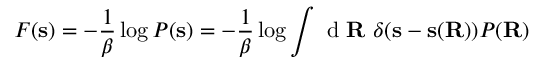
F ( \mathbf { s } ) = - \frac { 1 } { \beta } \log P ( \mathbf { s } ) = - \frac { 1 } { \beta } \log \int \mathrm { ~ d ~ } \mathbf { R } \ \delta ( \mathbf { s } - \mathbf { s } ( \mathbf { R } ) ) P ( \mathbf { R } )